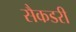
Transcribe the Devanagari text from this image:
सैकडरी